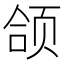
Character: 颌